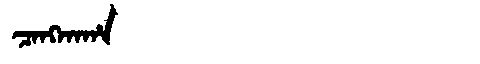
Manchu: ᠴᠠᠩᡴᠠᡥᠠ
Romanization: CANGKAHA